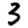
Digit: 3